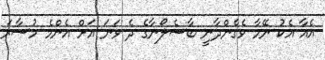
އެއާ އެކު ނޭމާ ވެެގެންދާނީ ބާސެލޯނާގެ ދެ ވަނަ އަށް އެންމެ މުސާރަ